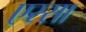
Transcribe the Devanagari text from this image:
एस्सा